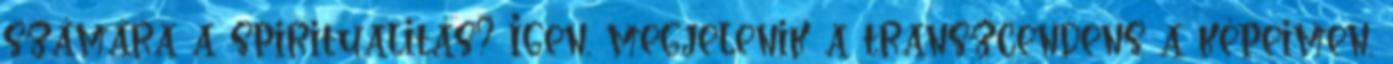
számára a spiritualitás? Igen, megjelenik a transzcendens a képeimen,